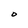
Character: O